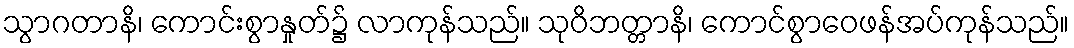
သွာဂတာနိ၊ ကောင်းစွာနှုတ်၌ လာကုန်သည်။ သုဝိဘတ္တာနိ၊ ကောင်စွာဝေဖန်အပ်ကုန်သည်။